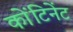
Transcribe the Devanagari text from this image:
कोंटिनेंट